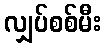
လျှပ်စစ်မီး